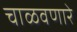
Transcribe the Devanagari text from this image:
चाळवणारे